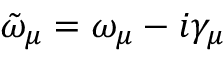
\tilde { \omega } _ { \mu } = \omega _ { \mu } - i \gamma _ { \mu }